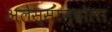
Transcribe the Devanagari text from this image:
अलेस्सान्द्रोला